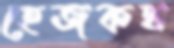
হেজকথ